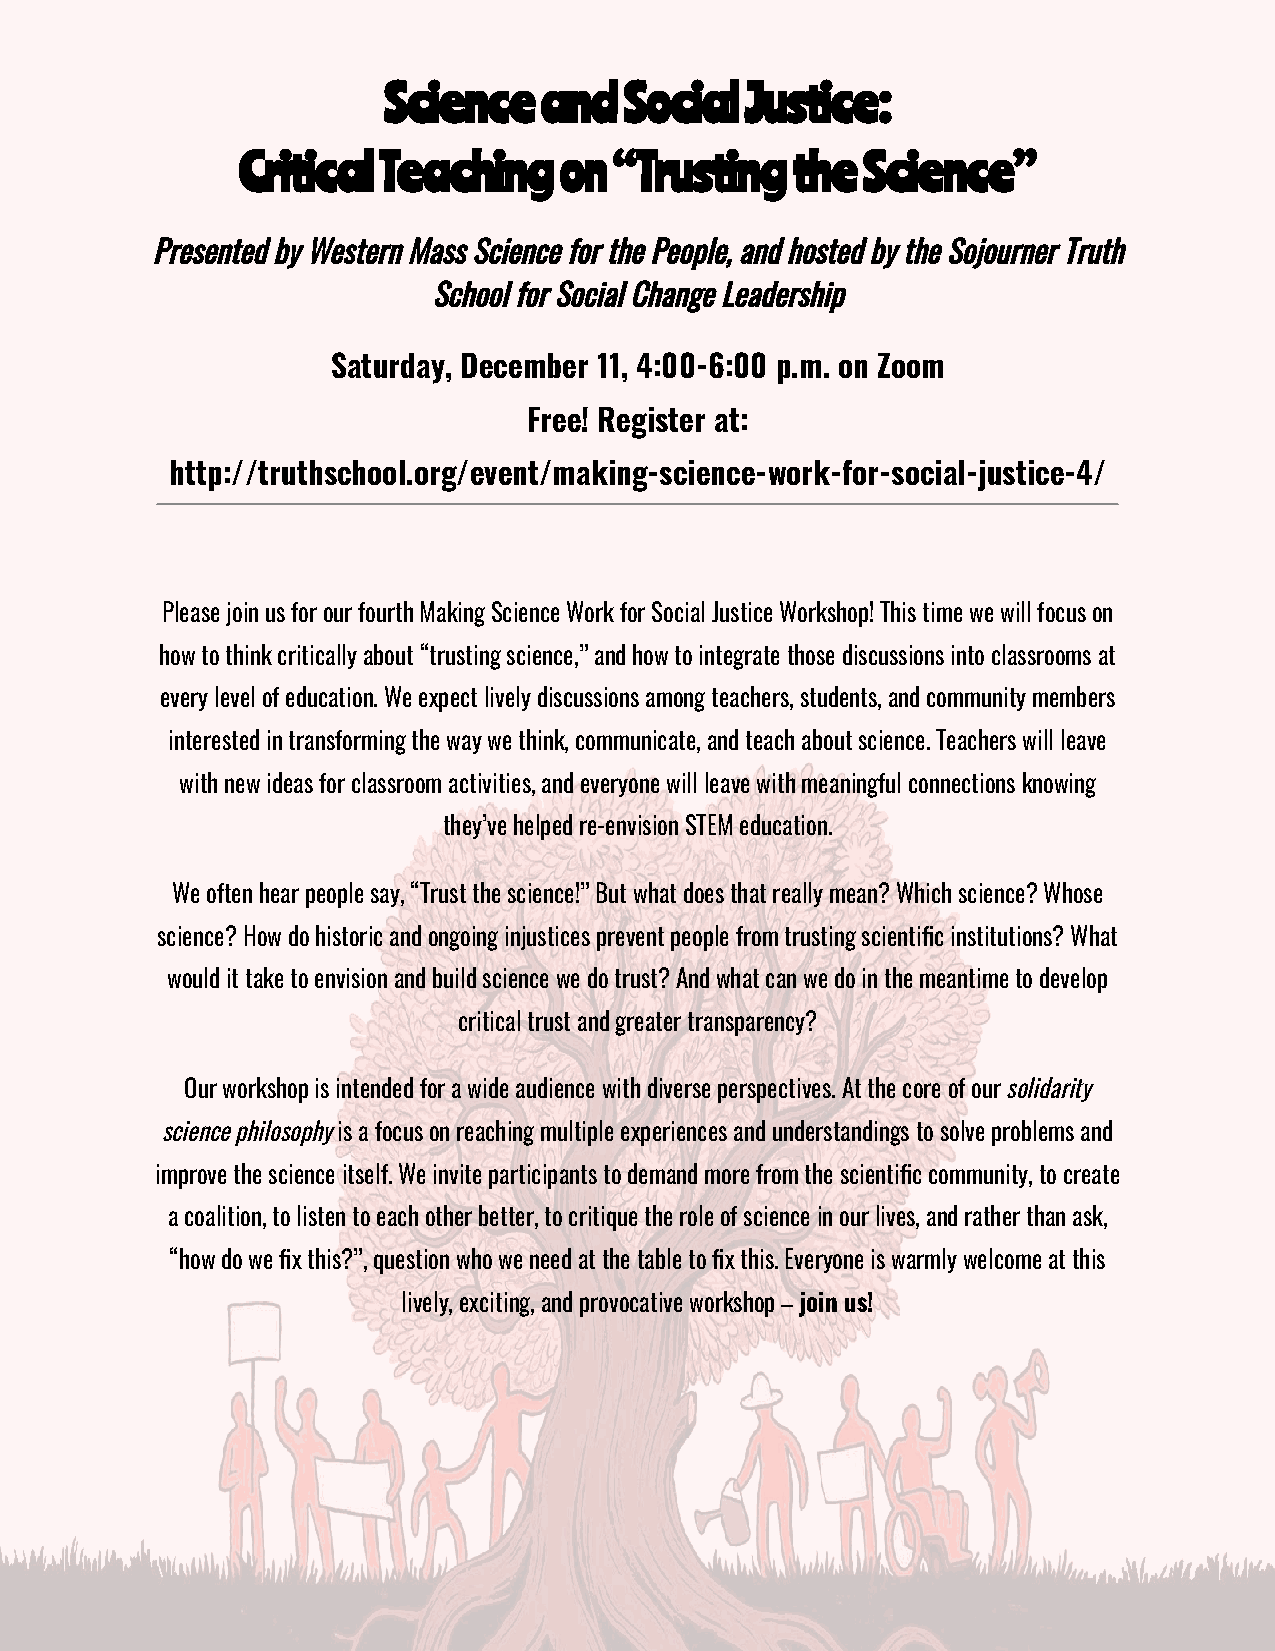
Science    and  Social  Justice:
 Critical Teaching    on  “Trusting  the  Science”
 Presented by Western Mass Science for the People, and hosted by the Sojourner Truth
 School for Social Change Leadership
 Saturday, December 11, 4:00-6:00 p.m. on Zoom
 Free! Register at:
 http://truthschool.org/event/making-science-work-for-social-justice-4/
 Please join us for our fourth Making Science Work for Social Justice Workshop! This time we will focus on
 how to think critically about “trusting science,” and how to integrate those discussions into classrooms at
 every level of education. We expect lively discussions among teachers, students, and community members
 interested in transforming the way we think, communicate, and teach about science. Teachers will leave
 with new ideas for classroom activities, and everyone will leave with meaningful connections knowing
 they’ve helped re-envision STEM education.
 We often hear people say, “Trust the science!” But what does that really mean? Which science? Whose
 science? How do historic and ongoing injustices prevent people from trusting scientific institutions? What
 would it take to envision and build science we do trust? And what can we do in the meantime to develop
 critical trust and greater transparency?
 Our workshop is intended for a wide audience with diverse perspectives. At the core of oursolidarity
 science philosophyis a focus on reaching multipleexperiences and understandings to solve problems and
 improve the science itself. We invite participants to demand more from the scientific community, to create
 a coalition, to listen to each other better, to critique the role of science in our lives, and rather than ask,
 “how do we fix this?”, question who we need at the table to fix this. Everyone is warmly welcome at this
 lively, exciting, and provocative workshop –join us!